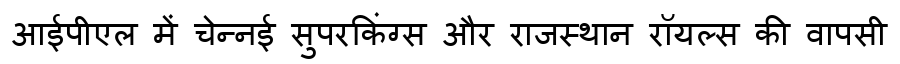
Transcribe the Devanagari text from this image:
आईपीएल में चेन्नई सुपरकिंग्स और राजस्थान रॉयल्स की वापसी